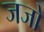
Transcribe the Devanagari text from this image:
जजो